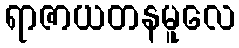
ရာဇာယတနမူလေ